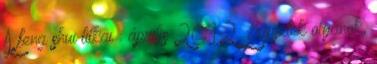
A feng shui titkai : április 2012 Legyetek olyanok,